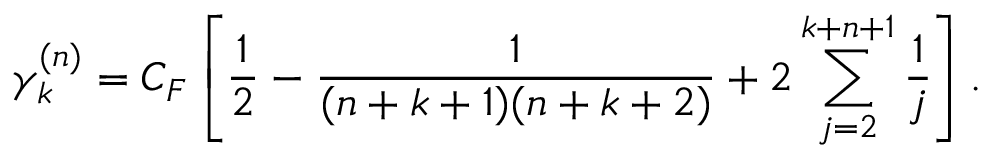
\gamma _ { k } ^ { ( n ) } = C _ { F } \left[ \frac 1 { 2 } - \frac 1 { ( n + k + 1 ) ( n + k + 2 ) } + 2 \sum _ { j = 2 } ^ { k + n + 1 } \frac 1 { j } \right] .